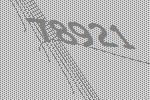
78921